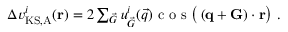
\begin{array} { r } { \Delta v _ { \mathrm { K S , A } } ^ { i } ( \mathbf { r } ) = 2 \sum _ { \vec { G } } { u _ { \vec { G } } ^ { i } ( \vec { q } ) } \textnormal { c o s } \big ( \left( \mathbf { q } + \mathbf { G } \right) \cdot \mathbf { r } \big ) \ . } \end{array}